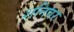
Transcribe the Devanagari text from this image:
शनिवर